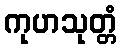
ကုဟသုတ္တံ